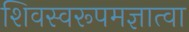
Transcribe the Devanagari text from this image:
शिवस्वरूपमज्ञात्वा